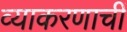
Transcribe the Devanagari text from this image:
व्याकरणाचीं